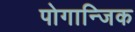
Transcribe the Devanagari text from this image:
पोगान्जिक